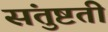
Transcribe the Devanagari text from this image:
संतुष्टती